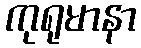
ကုရုမာနာ